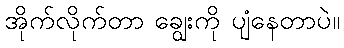
အိုက်လိုက်တာ ချွေးကို ပျံနေတာပဲ။